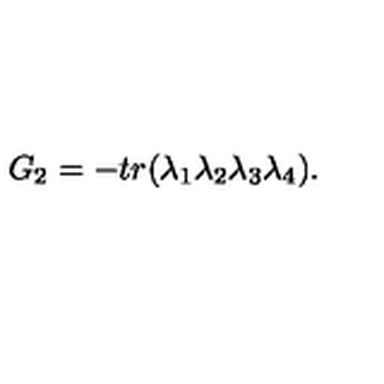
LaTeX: G _ { 2 } = - t r ( \lambda _ { 1 } \lambda _ { 2 } \lambda _ { 3 } \lambda _ { 4 } ) .